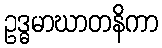
ဥဒ္ဓမာဃာတနိကာ